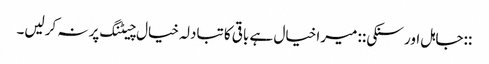
::جاہل اور سنکی:: میرا خیال ہے باقی کا تبادلہ خیال چیٹنگ پر نہ کرلیں۔